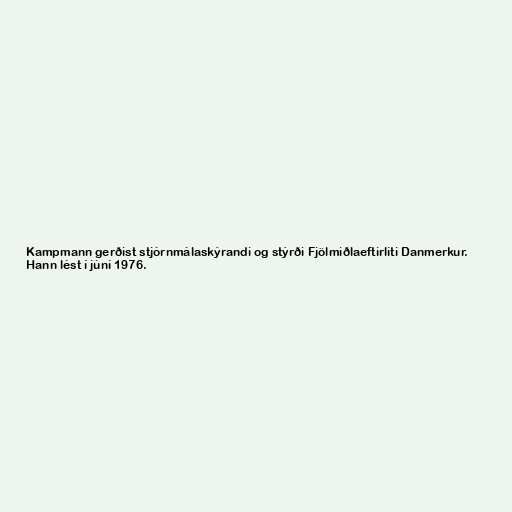
Kampmann gerðist stjórnmálaskýrandi og stýrði Fjölmiðlaeftirliti Danmerkur.
Hann lést í júní 1976.